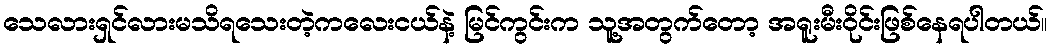
သေလားရှင်လားမသိရသေးတဲ့ကလေးငယ်နဲ့ မြင်ကွင်းက သူ့အတွက်တော့ အရူးမီးဝိုင်းဖြစ်နေရပါတယ်။